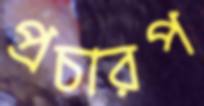
প্রচারপ